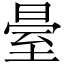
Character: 𱼫